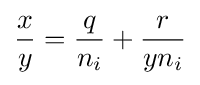
{\frac {x}{y}}={\frac {q}{n_{i}}}+{\frac {r}{yn_{i}}}